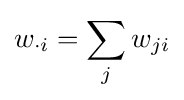
w_{\cdot i}=\sum _{j}w_{ji}